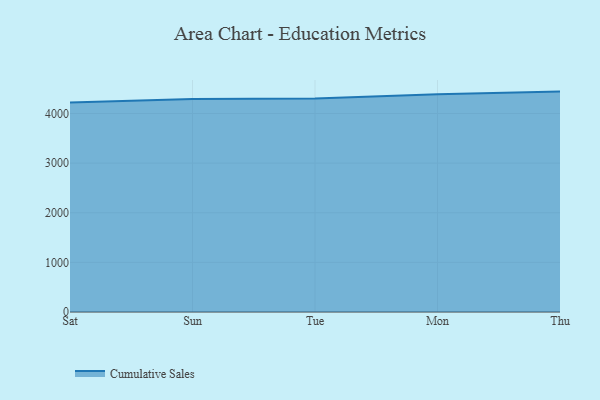
{"axis": {"x": "Day", "y": "Budget (USD K)"}, "legend": ["Cumulative Sales"], "data": [{"x": "Sat", "y": 4220.9, "type": "Cumulative Sales"}, {"x": "Sun", "y": 4294.5, "type": "Cumulative Sales"}, {"x": "Tue", "y": 4303.5, "type": "Cumulative Sales"}, {"x": "Mon", "y": 4389.5, "type": "Cumulative Sales"}, {"x": "Thu", "y": 4441.6, "type": "Cumulative Sales"}]}